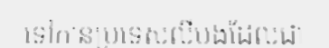
ទៅកាន់ប្រទេសលីបង់ដែលជា